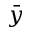
\bar { y }